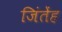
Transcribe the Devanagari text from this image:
जिंतेंह